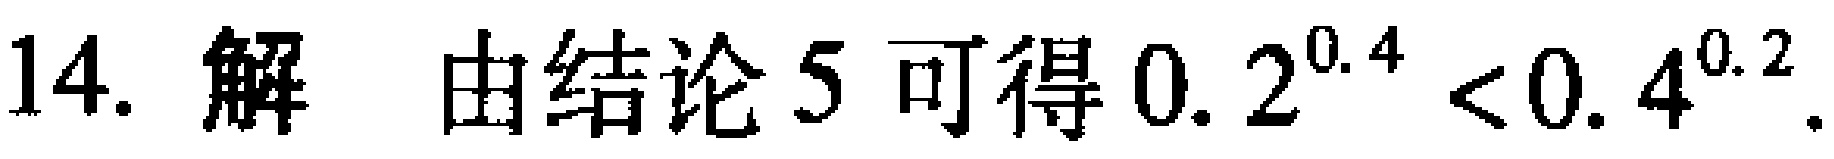
14. 解 由结论5可得\(0.2^{0.4}<0.4^{0.2}\).